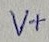
Text: V+